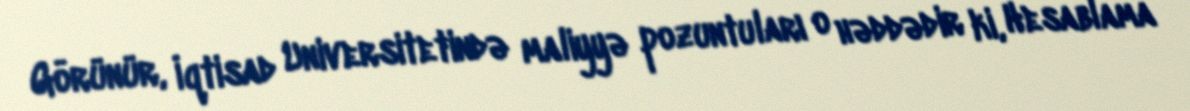
Görünür, İqtisad Universitetində maliyyə pozuntuları o həddədir ki, Hesablama